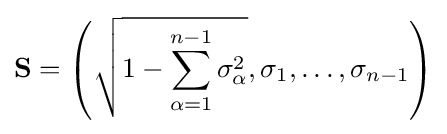
\mathbf {S} =\left({\sqrt {1-\sum _{\alpha =1}^{n-1}\sigma _{\alpha }^{2}}},\sigma _{1},\dots ,\sigma _{n-1}\right)